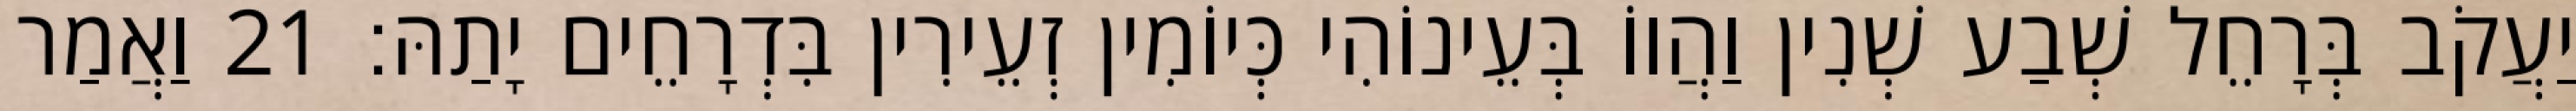
יַעֲקֹב בְּרָחֵל שְׁבַע שְׁנִין וַהֲווֹ בְּעֵינוֹהִי כְּיוֹמִין זְעֵירִין בִּדְרָחֵים יָתַהּ׃ 21 וַאֲמַר